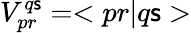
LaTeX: V_{pr}^{q\mathsf{s}}=<pr|q\mathsf{s}>